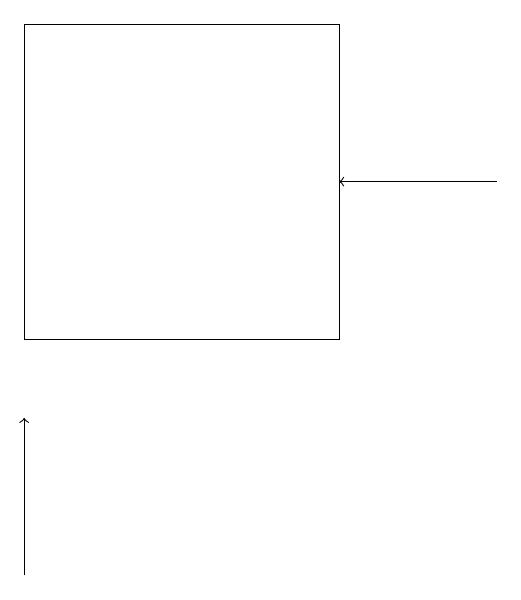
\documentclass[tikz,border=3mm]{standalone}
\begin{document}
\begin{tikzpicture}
\draw[->] (9,16) -- (7,16);
\draw[->] (3,11) -- (3,13);
\draw (3,14) rectangle (7,18);
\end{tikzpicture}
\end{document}